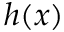
h ( x )